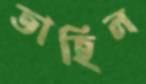
তাহিল